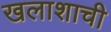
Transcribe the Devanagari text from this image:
खलाशाची